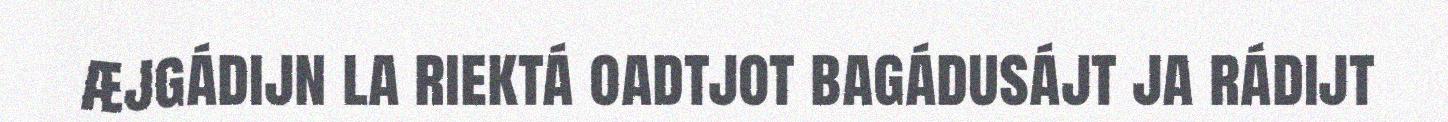
æjgádijn la riektá oadtjot bagádusájt ja rádijt